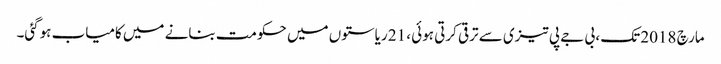
مارچ 2018 تک ، بی جے پی تیزی سے ترقی کرتی ہوئی ، 21 ریاستوں میں حکومت بنانے میں کامیاب ہوگئی۔